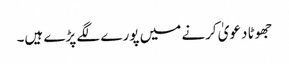
جھوٹا دعویٰ کرنے میں پورے لگے پڑے ہیں۔